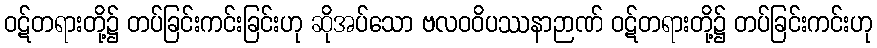
ဝဋ်တရားတို့၌ တပ်ခြင်းကင်းခြင်းဟု ဆိုအပ်သော ဗလဝဝိပဿနာဉာဏ် ဝဋ်တရားတို့၌ တပ်ခြင်းကင်းဟု